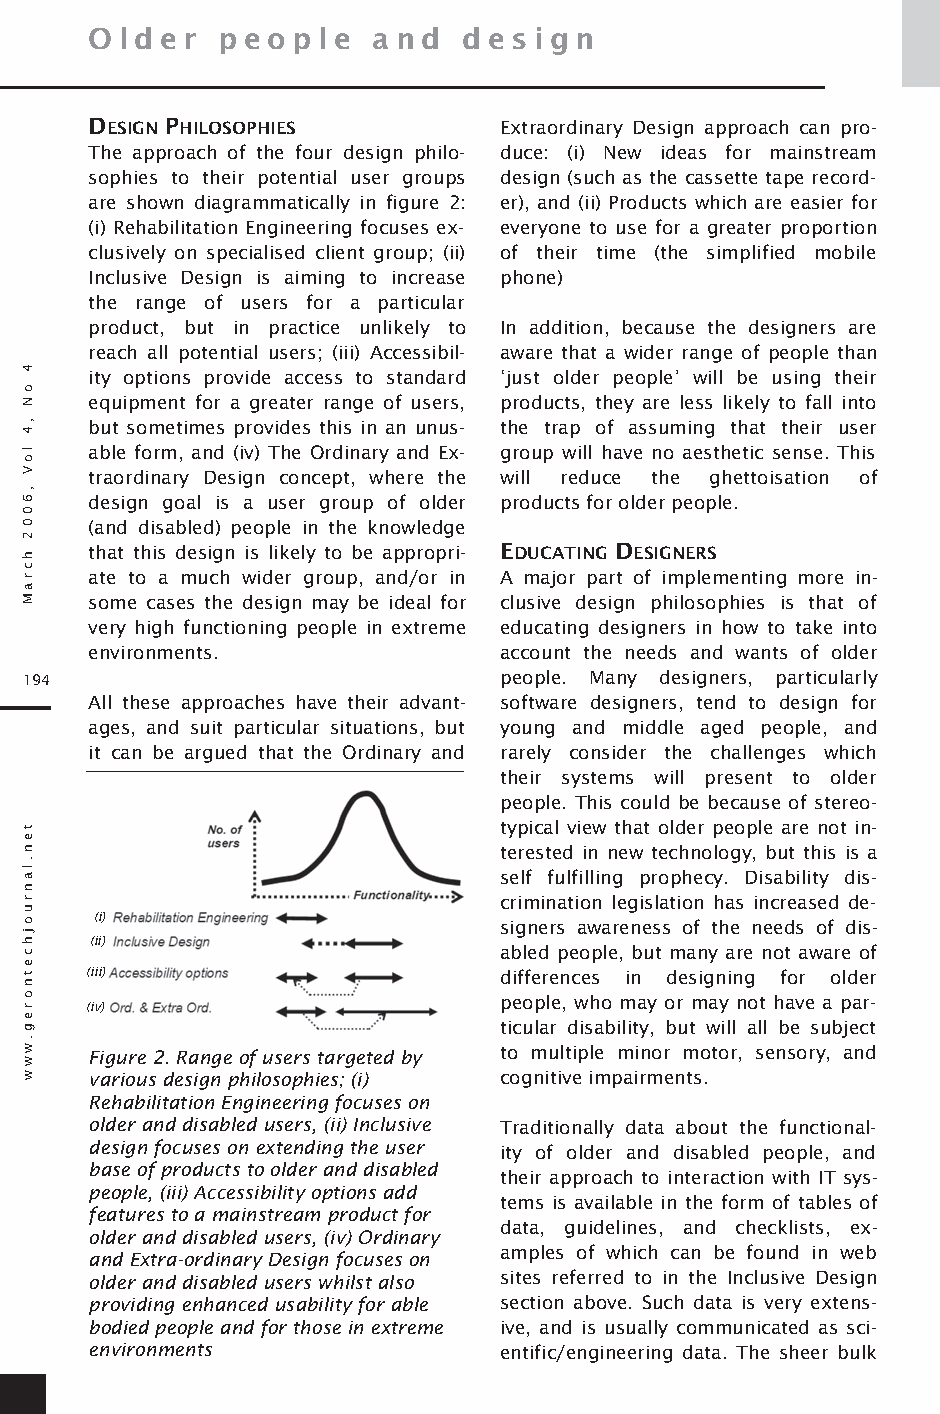
O ld e r p e op le an d  d e s ig n
 DESIGN PH ILOSOPH IES      Extraordinary Design approach can pro-
 The approach of the four design philo- duce: (i) New ideas for mainstream
 sophies to their potential user groups design (such as the cassette tape record-
 are shown diagrammatically in figure 2: er), and (ii) Products which are easier for
 (i) Rehabilitation Engineering focuses ex- everyone to use for a greater proportion
 clusively on specialised client group; (ii) of their time (the simplified mobile
 Inclusive Design is aiming to increase phone)
 the range of users for a particular
 product, but in practice unlikely to In addition, because the designers are
 reach all potential users; (iii) Accessibil- aware that a wider range of people than
 ity options provide access to standard ‘just older people’ will be using their
 equipment for a greater range of users, products, they are less likely to fall into
 but sometimes provides this in an unus- the trap of assuming that their user
 able form, and (iv) The Ordinary and Ex- group will have no aesthetic sense. This
 traordinary Design concept, where the will reduce the ghettoisation of
 design goal is a user group of older products for older people.
 (and disabled) people in the knowledge
 that this design is likely to be appropri- EDUCATING DESIGNERS
 ate to a much wider group, and/or in A major part of implementing more in-
 some cases the design may be ideal for clusive design philosophies is that of
 very high functioning people in extreme educating designers in how to take into
 environments.              account the needs and wants of older
 194                             people. Many designers, particularly
 All these approaches have their advant- software designers, tend to design for
 ages, and suit particular situations, but young and middle aged people, and
 it can be argued that the Ordinary and rarely consider the challenges which
 their systems will present to older
 people. This could be because of stereo-
 typical view that older people are not in-
 terested in new technology, but this is a
 self fulfilling prophecy. Disability dis-
 crimination legislation has increased de-
 (i)
 signers awareness of the needs of dis-
 (ii)
 abled people, but many are not aware of
 (iii)                      differences in designing for older
 (iv)                       people, who may or may not have a par-
 ticular disability, but will all be subject
 Figure 2. Range of users targeted by to multiple minor motor, sensory, and
 various design philosophies; (i) cognitive impairments.
 Rehabilitation Engineering focuses on
 older and disabled users, (ii) Inclusive
 Traditionally data about the functional-
 design focuses on extending the user
 ity of older and disabled people, and
 base of products to older and disabled
 their approach to interaction with IT sys-
 people, (iii) Accessibility options add
 tems is available in the form of tables of
 features to a mainstream product for
 older and disabled users, (iv) Ordinary data, guidelines, and checklists, ex-
 and Extra-ordinary Design focuses on amples of which can be found in web
 older and disabled users whilst also sites referred to in the Inclusive Design
 providing enhanced usability for able section above. Such data is very extens-
 bodied people and for those in extreme ive, and is usually communicated as sci-
 environments
 entific/engineering data. The sheer bulk
 4
 oN
 ,4
 loV
 ,6002
 hcraM
 t
 en.lanruoj
 hc
 etnor
 eg.www